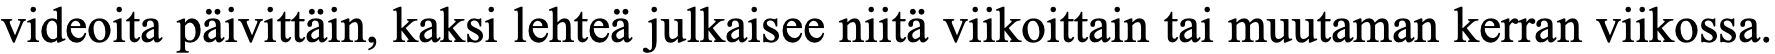
videoita päivittäin, kaksi lehteä julkaisee niitä viikoittain tai muutaman kerran viikossa.